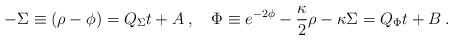
LaTeX: \begin{align*}-\Sigma \equiv (\rho - \phi ) = Q_\Sigma t + A \>, \quad\Phi \equiv e^{-2\phi} -{\kappa \over 2}\rho -\kappa \Sigma = Q_\Phi t + B \>. \end{align*}